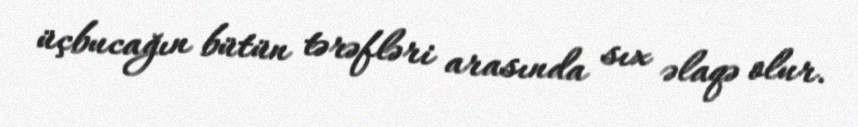
üçbucağın bütün tərəfləri arasında sıx əlaqə olur.